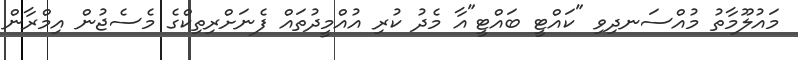
މައުލޫމާތު މުއްސަނދިވި "ކައްޓީ ބައްޓީ"އާ މެދު ކުރި އުއްމީދުތައް ފެނަށްރިތިކްގެ މެސެޖުން އިމްރާން